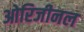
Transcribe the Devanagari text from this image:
ओरिजीनल